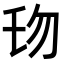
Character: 𠣔